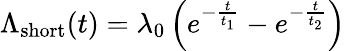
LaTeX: \Lambda_{\mathrm{short}}(t)=\lambda_{0}\left(e^{-\frac{t}{t_{1}}}-e^{-\frac{t}{t_{2}}}\right)